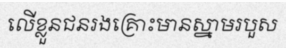
លើខ្លួនជនរងគ្រោះមានស្នាមរបួស